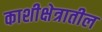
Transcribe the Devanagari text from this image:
काशीक्षेत्रातील